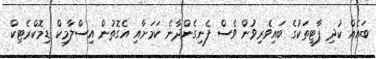
ބައެއް ކުދި ޕާޓީތަކުގެ ބައިވެރިވުން ވެސް ފެނިގެންދާނެ ކަމަށާއި އެގޮތުން އިސްލާމިކް ޑިމޮކްރެޓިކް